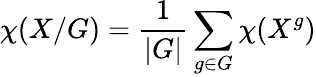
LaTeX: \chi(X/G)=\frac{1}{|G|}\sum_{g\in G}\chi(X^{g})